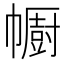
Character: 𢅥